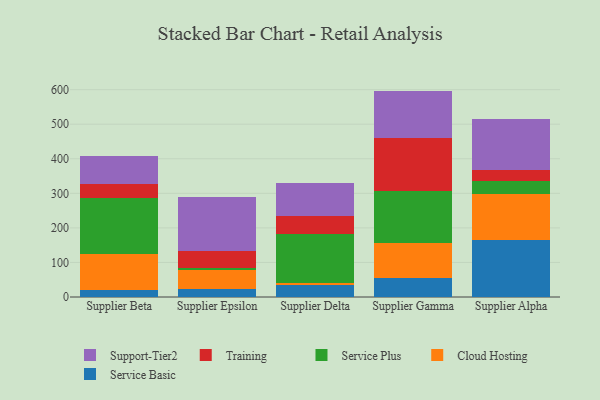
{"axis": {"x": "Supplier", "y": "Customer Acquisition Cost (USD)"}, "legend": ["Cloud Hosting", "Service Basic", "Service Plus", "Support-Tier2", "Training"], "data": [{"x": "Supplier Beta", "y": 20.6, "type": "Service Basic"}, {"x": "Supplier Beta", "y": 105.1, "type": "Cloud Hosting"}, {"x": "Supplier Beta", "y": 160.9, "type": "Service Plus"}, {"x": "Supplier Beta", "y": 40.6, "type": "Training"}, {"x": "Supplier Beta", "y": 81.6, "type": "Support-Tier2"}, {"x": "Supplier Epsilon", "y": 24.0, "type": "Service Basic"}, {"x": "Supplier Epsilon", "y": 54.1, "type": "Cloud Hosting"}, {"x": "Supplier Epsilon", "y": 6.9, "type": "Service Plus"}, {"x": "Supplier Epsilon", "y": 48.9, "type": "Training"}, {"x": "Supplier Epsilon", "y": 154.4, "type": "Support-Tier2"}, {"x": "Supplier Delta", "y": 33.9, "type": "Service Basic"}, {"x": "Supplier Delta", "y": 5.3, "type": "Cloud Hosting"}, {"x": "Supplier Delta", "y": 142.8, "type": "Service Plus"}, {"x": "Supplier Delta", "y": 51.3, "type": "Training"}, {"x": "Supplier Delta", "y": 96.7, "type": "Support-Tier2"}, {"x": "Supplier Gamma", "y": 54.9, "type": "Service Basic"}, {"x": "Supplier Gamma", "y": 100.0, "type": "Cloud Hosting"}, {"x": "Supplier Gamma", "y": 150.8, "type": "Service Plus"}, {"x": "Supplier Gamma", "y": 153.6, "type": "Training"}, {"x": "Supplier Gamma", "y": 137.3, "type": "Support-Tier2"}, {"x": "Supplier Alpha", "y": 163.7, "type": "Service Basic"}, {"x": "Supplier Alpha", "y": 134.8, "type": "Cloud Hosting"}, {"x": "Supplier Alpha", "y": 37.0, "type": "Service Plus"}, {"x": "Supplier Alpha", "y": 33.5, "type": "Training"}, {"x": "Supplier Alpha", "y": 147.2, "type": "Support-Tier2"}]}